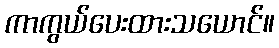
ကာကွယ်ပေးထားသယောင်။